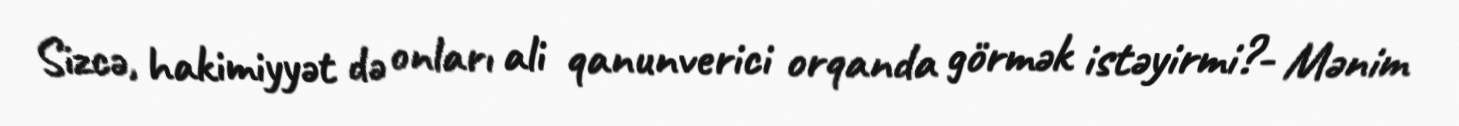
Sizcə, hakimiyyət də onları ali qanunverici orqanda görmək istəyirmi?- Mənim